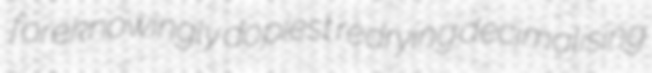
foreknowingly dopiest redrying decimalising